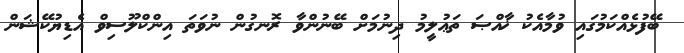
ބޭފުޅެއްކަމުގައި ވުމާއެކު ޚާއްޞަ ތަޢުލީމު ދިނުމަށް ބޭނުންވާ ރޮނގުން ނުވަތަ އިންކްލޫސިވް އެޑިޔުކޭޝަން